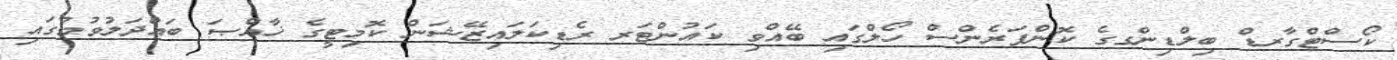
ކޯސްޓްގާރޑް ބިލްޑިންގގެ ކޮންފަރެންސް ހޯލްގައި ބޭއްވި ކައުންޓަރ ރެޑިކަލައިޒޭޝަން ކޮމިޓީގެ ޚާއްޞަ ބައްދަލުވުމުގައި